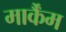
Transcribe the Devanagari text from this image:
मार्कैंम